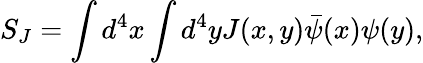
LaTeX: S_{J}=\int d^{4}x\int d^{4}yJ(x,y)\bar{\psi}(x)\psi(y),